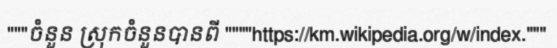
"""ចំនួន ស្រុកចំនួនបានពី """"https://km.wikipedia.org/w/index."""